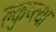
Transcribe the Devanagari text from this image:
क्लुप्त्या